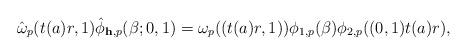
LaTeX: \begin{align*} \hat{\omega}_p(t(a)r,1)\hat{\phi}_{\mathbf h,p}(\beta;0,1) = \omega_p((t(a)r,1))\phi_{1,p}(\beta) \phi_{2,p}((0,1)t(a)r),\end{align*}